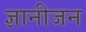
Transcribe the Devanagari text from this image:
ज्ञानीजन